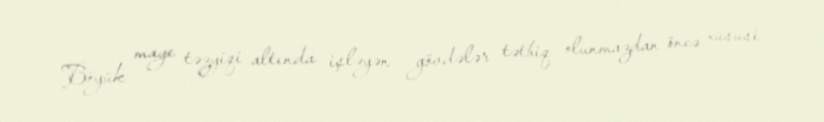
Böyük maye təzyiqi altında işləyən gövdələr tətbiq olunmazdan öncə xüsusi